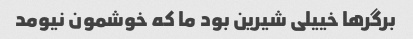
برگرها خییلی شیرین بود ما که خوشمون نیومد